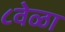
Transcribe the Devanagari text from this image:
८वेळा